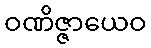
ဝဏိဇ္ဇာယေဝ